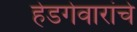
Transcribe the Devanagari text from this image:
हेडगेवारांचे